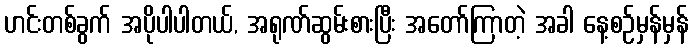
ဟင်းတစ်ခွက် အပိုပါပါတယ်, အရုဏ်ဆွမ်းစားပြီး အတော်ကြာတဲ့ အခါ နေ့စဉ်မှန်မှန်